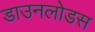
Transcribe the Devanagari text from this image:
डाउनलोडस